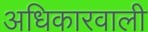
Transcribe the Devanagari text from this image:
अधिकारवाली